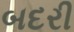
બદરી